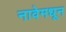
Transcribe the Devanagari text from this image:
नावेमधून